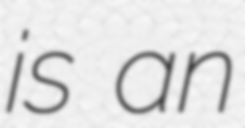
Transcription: is an